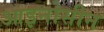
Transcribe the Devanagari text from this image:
आइनोसीन